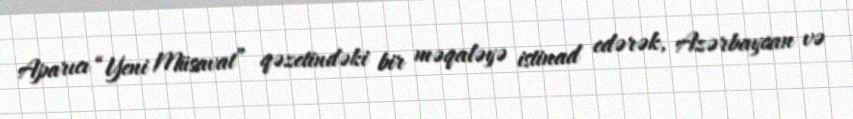
Aparıcı “Yeni Müsavat” qəzetindəki bir məqaləyə istinad edərək, Azərbaycan və